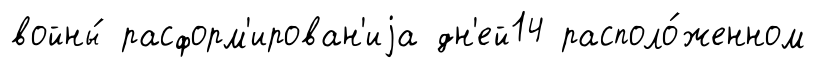
войны́ расформ'ирован'иjа дн'ей14 располо́женном